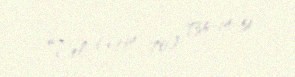
Tel: (+994 70) 736-14-51